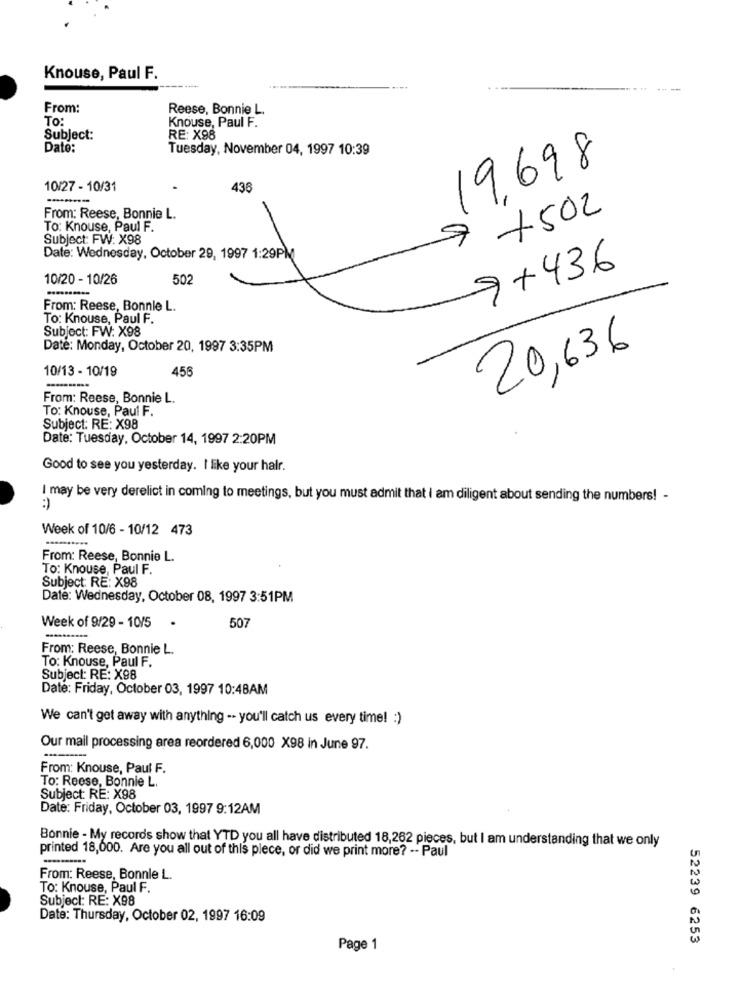
Knouse, Paul F.
From:
Reese, Bonnie L.
To:
Knouse, Paul F.
Subject:
RE: X98
Date:
Tuesday, November 04, 1997 10:39
19698
10/27 - 10/31
436
From: Reese, Bonnie L.
9 +502
To: Knouse, Paul F.
Subject: FW: X98
Date: Wednesday, October 29, 1997 1:29PM
9+436
10/20 - 10/26
502
From: Reese, Bonnle L.
To: Knouse, Paul F.
Subject: FW: X98
Date: Monday, October 20, 1997 3:35PM
20,636
10/13 - 10/19
456
From: Reese, Bonnie L.
To: Knouse, Paul F.
Subject: RE: X98
Date: Tuesday, October 14, 1997 2:20PM
Good to see you yesterday. I like your halr.
I may be very derelict in coming to meetings, but you must admit that i am diligent about sending the numbers! -
Week of 10/6 - 10/12 473
From: Reese, Bonnie L.
To: Knouse, Paul F.
Subject: RE: X98
Date: Wednesday, October 08, 1997 3:51PM
507
Week of 9/29 - 10/5
From: Reese, Bonnie L.
To: Knouse, Paul F.
Subject: RE: X98
Date: Friday, October 03, 1997 10:48AM
We can't get away with anything -- you'll catch us every time! : )
Our mail processing area reordered 6,000 X98 in June 97.
From: Knouse, Paul F.
To: Reese, Bonnie L.
Subject: RE: X98
Date: Friday, October 03, 1997 9:12AM
Bonnie - My records show that YTD you all have distributed 18,262 pieces, but I am understanding that we only
printed 18,000. Are you all out of this piece, or did we print more? -- Paul
From: Reese, Bonnle L.
To: Knouse, Paul F.
Subject: RE: X98
Date: Thursday, October 02, 1997 16:09
52239 6253
Page 1
.